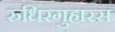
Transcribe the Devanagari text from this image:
रुधिरगुहारस